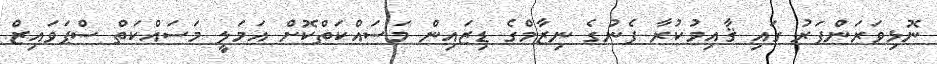
ނޮޅިވަރަންފަރު ގައި ޤާއިމުކުރާ ފެނުގެ ނިޒާމްގެ ޑިޒައިން މަސައްކަތްކޮށް އަމަލީ މަސައްކަތް ސްޕަވައިޒް